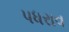
પધરાવ